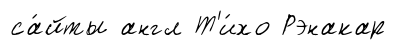
са́йты англ Т'и́хо Рэнакар